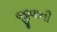
જીવાની